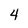
Character: 4